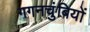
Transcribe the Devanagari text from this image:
गगनचुंबियों